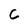
Character: C